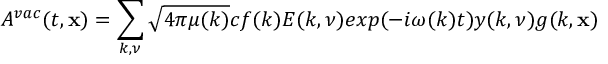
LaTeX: { \cal A } ^ { v a c } ( t , { \bf x } ) = \sum _ { k , \nu } \sqrt { 4 \pi \mu ( k ) } c f ( k ) { \cal E } ( k , \nu ) e x p ( - i \omega ( k ) t ) y ( k , \nu ) g ( k , { \bf x } )